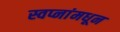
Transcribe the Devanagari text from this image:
स्वप्नांमधून